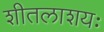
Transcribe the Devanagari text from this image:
शीतलाशयः